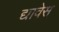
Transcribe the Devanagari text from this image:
द्यावेस